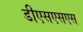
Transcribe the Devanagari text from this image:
डीएसएसएस